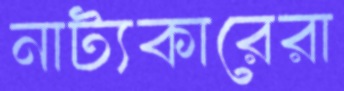
নাট্যকারেরা